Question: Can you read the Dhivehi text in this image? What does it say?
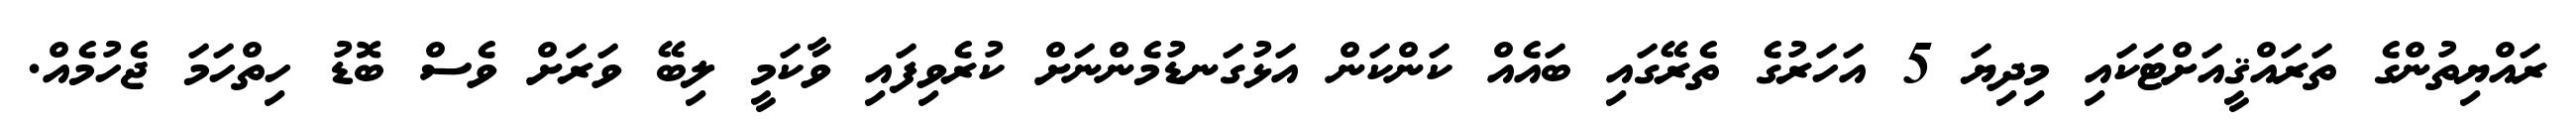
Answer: ރައްޔިތުންގެ ތަރައްޤީއަށްޓަކައި މިދިޔަ 5 އަހަރުގެ ތެރޭގައި ބައެއް ކަންކަން އަޅުގަނޑުމެންނަށް ކުރެވިފައި ވާކަމީ ލިބޭ ވަރަށް ވެސް ބޮޑު ހިތްހަމަ ޖެހުމެއް.